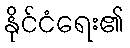
နိုင်ငံရေး၏